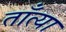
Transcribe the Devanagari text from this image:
ताँत्या